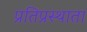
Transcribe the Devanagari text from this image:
प्रतिप्रस्थाता